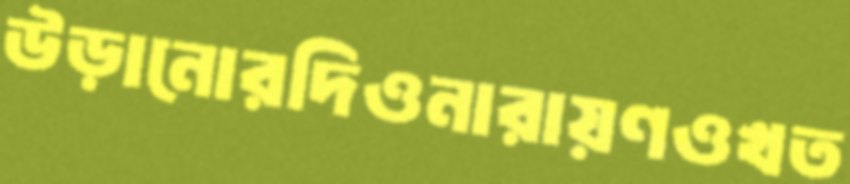
উড়ানোরদিওনারায়ণওখত